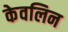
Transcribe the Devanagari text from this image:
केवलिन